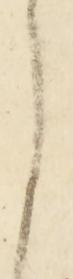
に